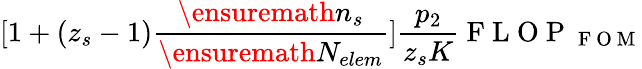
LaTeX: [1+(z_{s}-1)\frac{\ensuremath{n_{s}}}{\ensuremath{N_{elem}}}]\frac{p_{2}}{z_{s}K}\mathrm{~F~L~O~P~}_{\mathrm{~F~O~M~}}